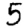
Digit: 5